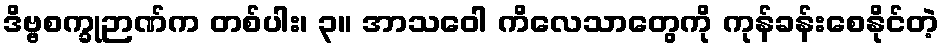
ဒိဗ္ဗစက္ခုဉာဏ်က တစ်ပါး၊ ၃။ အာသဝေါ ကိလေသာတွေကို ကုန်ခန်းစေနိုင်တဲ့